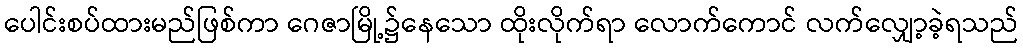
ပေါင်းစပ်ထားမည်ဖြစ်ကာ ဂေဇာမြို့၌နေသော ထိုးလိုက်ရာ လောက်ကောင် လက်လျှော့ခဲ့ရသည်